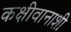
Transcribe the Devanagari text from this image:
कक्षीवानाशी